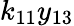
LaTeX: k_{11}y_{13}